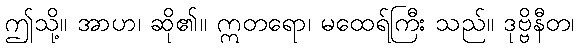
ဤသို့။ အာဟ၊ ဆို၏။ ဣတရော၊ မထေရ်ကြီး သည်။ ဒုဗ္ဗိနီတ၊